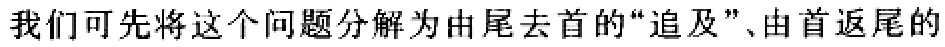
我们可先将这个问题分解为由尾去首的“追及”、由首返尾的